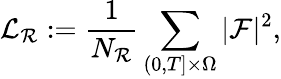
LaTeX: \mathcal{L}_{\mathcal{R}}:=\frac{1}{N_{\mathcal{R}}}\sum_{(0,T]\times\Omega}|\mathcal{F}|^{2},